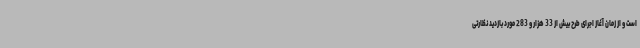
است و از زمان آغاز اجرای طرح بیش از 33 هزار و 283 مورد بازدید نظارتی